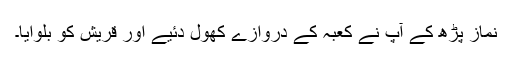
نماز پڑھ کے آپ نے کعبہ کے دروازے کھول دئیے اور قریش کو بلوایا۔